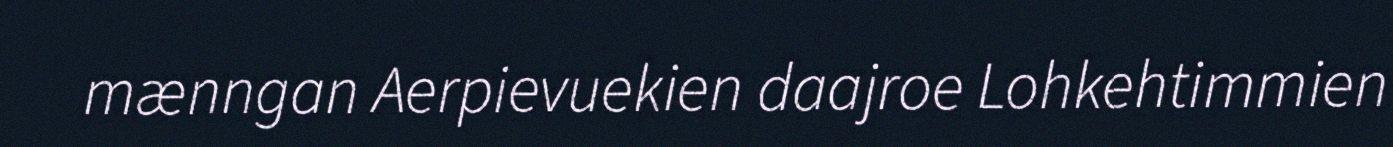
mænngan Aerpievuekien daajroe Lohkehtimmien